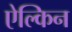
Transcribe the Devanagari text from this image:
ऐल्किन